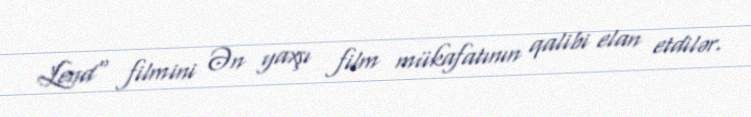
Lend" filmini Ən yaxşı film mükafatının qalibi elan etdilər.